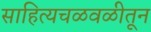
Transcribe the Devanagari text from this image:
साहित्यचळवळीतून